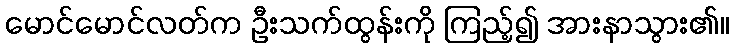
မောင်မောင်လတ်က ဦးသက်ထွန်းကို ကြည့်၍ အားနာသွား၏။